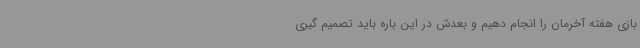
بازی هفته آخرمان را انجام دهیم و بعدش در این باره باید تصمیم گیری